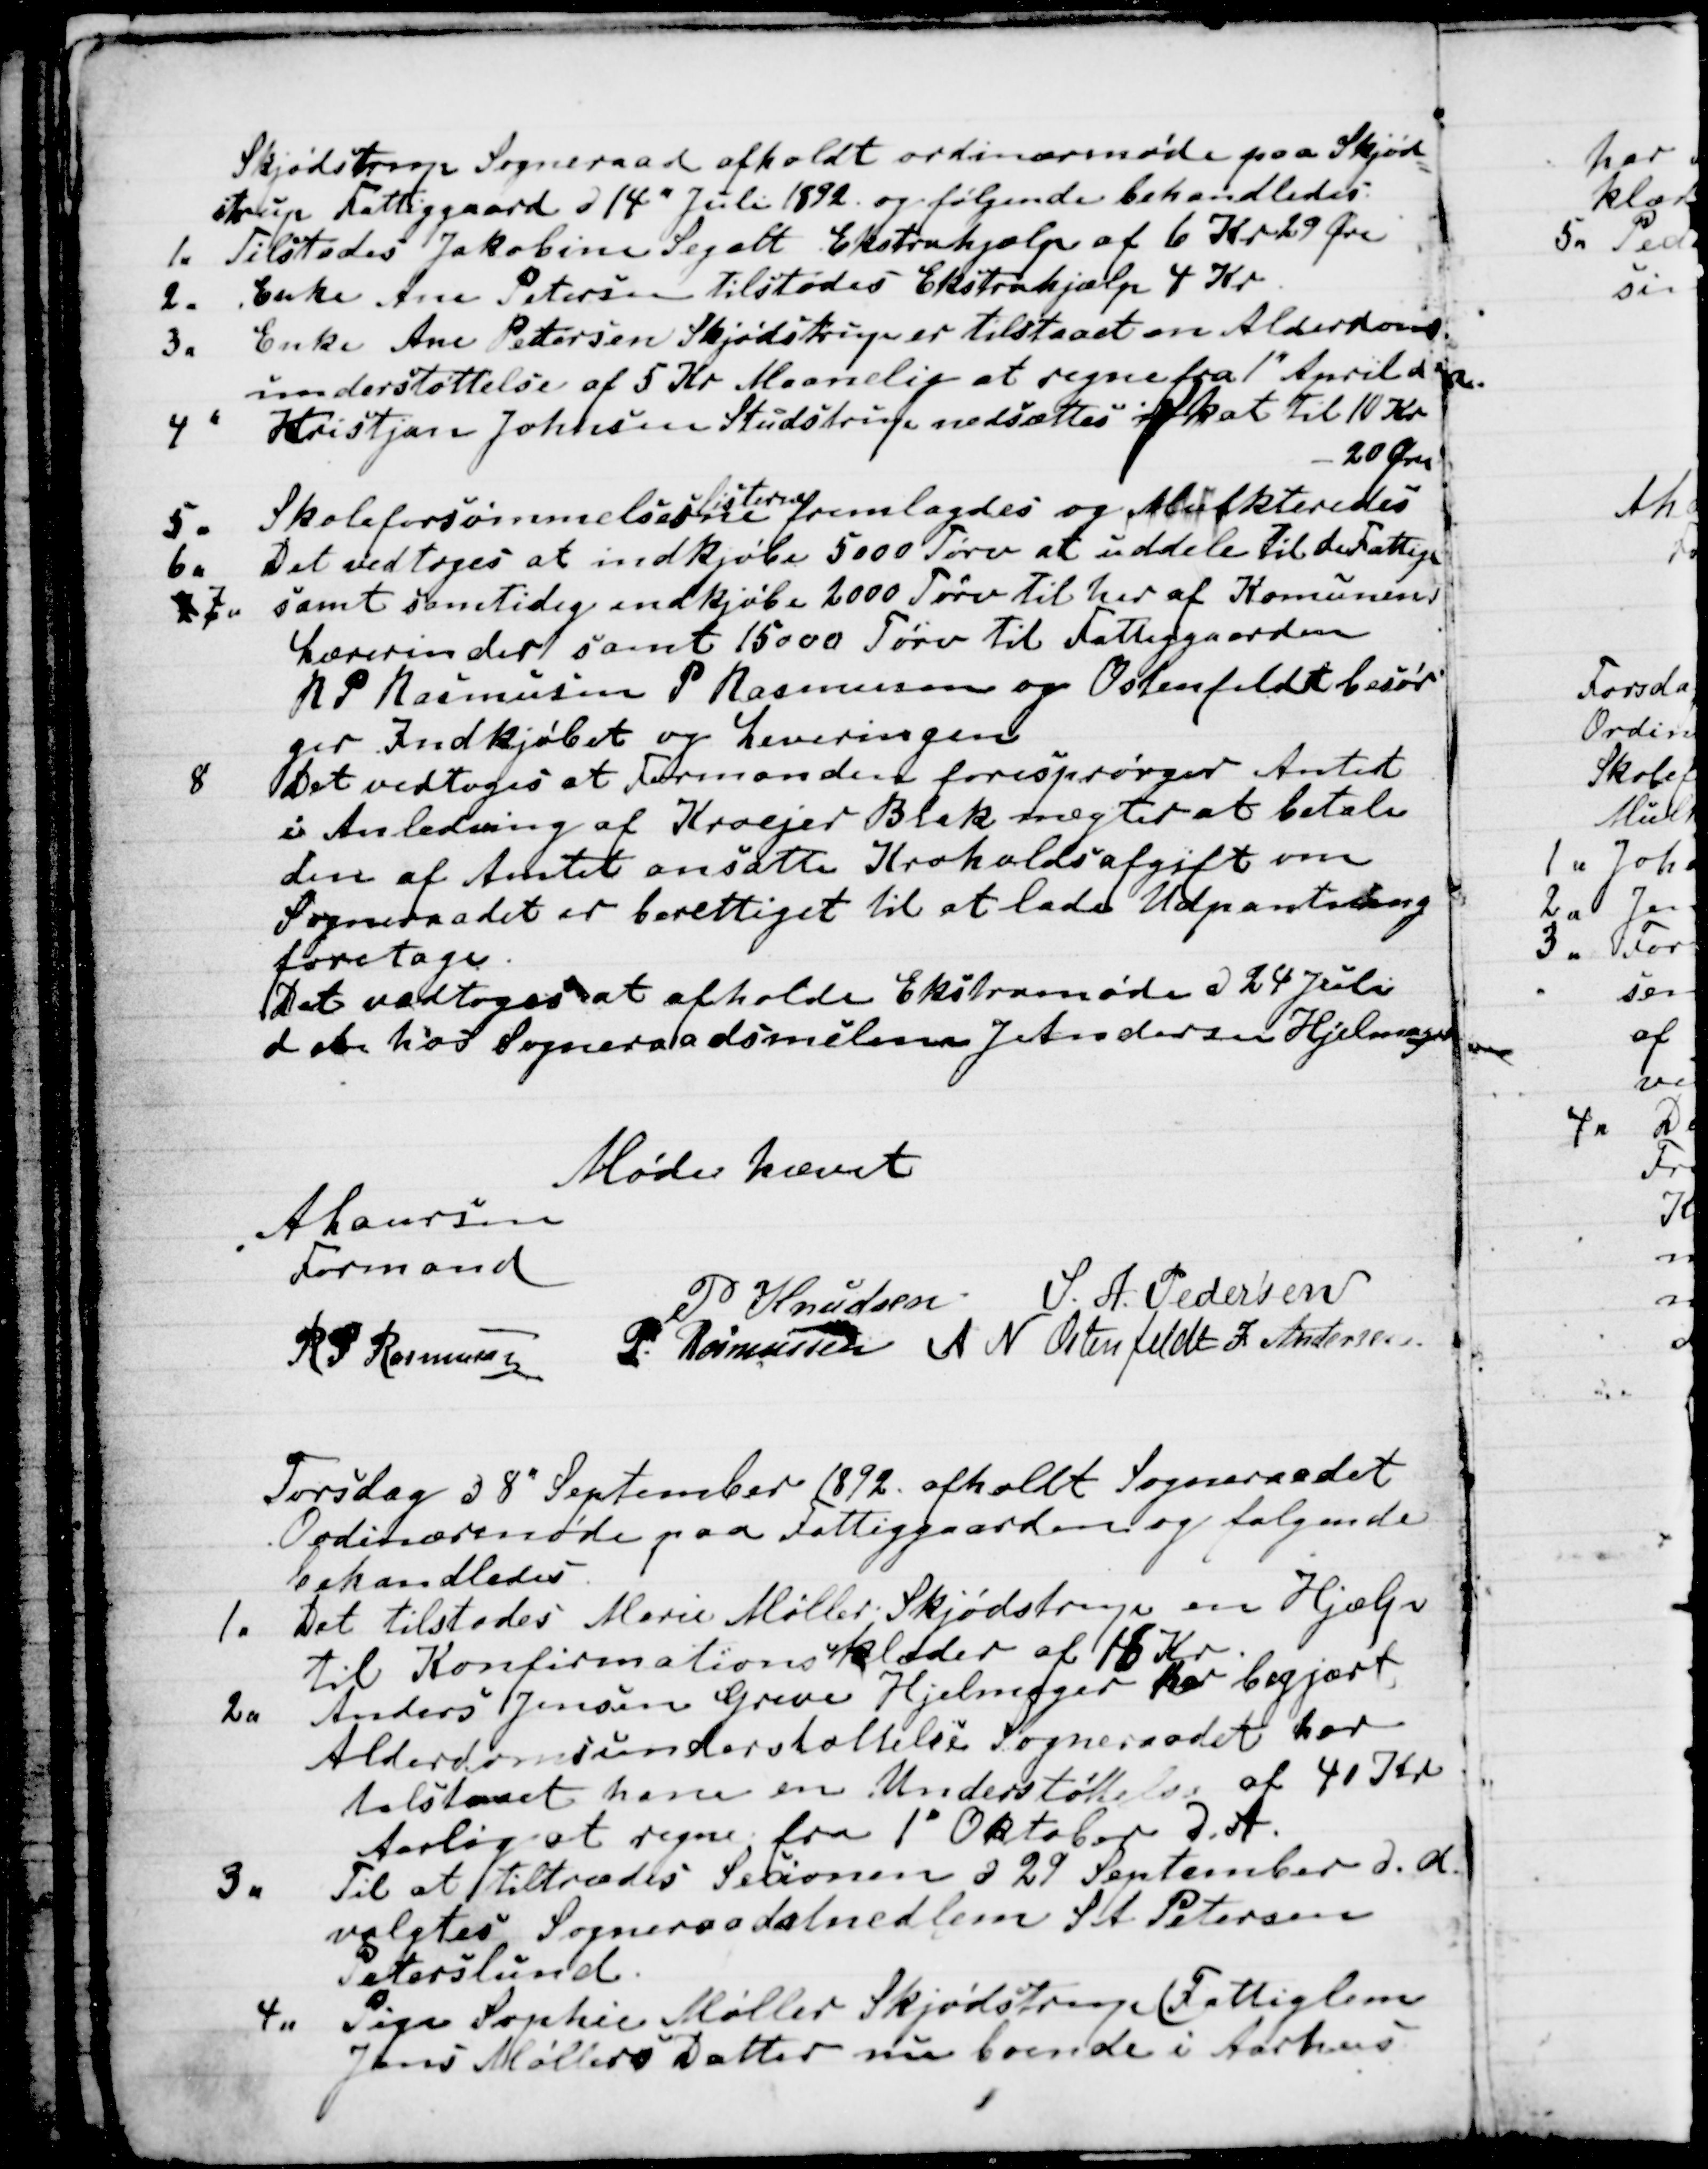
Transskription:
Skjødstrup Sogneraad afholdt ordinærmøde paa Skjød-
strup Fattiggaard d 14" Juli 1892 og følgende behandledes.
1. Tilstodes Jakobine Segalt Ekstrahjælp af 6 Kr 29 Øre
2. Enke Ane Petersen tilstodes Ekstrahjælp 4 Kr
3. Enke Ane Petersen Skjødstrup er tilstaaet en Alderdoms
understøttelse af 5 Kr Maanelig at regne fra 1" April d.A.
4 
Kristjan Johnsen Studstrup nedsættes i Skat til 10 Kr
20 Øre
5
Skoleforsømmelsesne
Listerne
fremlagdes og Multkteredes
6 . Det vedtoges at indkjøbe 5000 Tørv at uddele til de Fattige
7 7. samt samtidig indkjøbe 2000 Tørv til her af Kommunens
Lærerinder samt 15000 Tørv til Fattiggaarden
R P Rasmussen P Rasmussen og Ostenfeldt besør
ger Indkjøbet og Leveringen
8 Det vedtoges at Formanden forespørger Amtet
i Anledning af Kroejer Blak nægter at betale
den af Amtet ansatte Kroholdsafgift om
Sogneraadet er berettiget til at lade Udpantning
foretage.
Det vedtoges at afholde Ekstramøde d 24 Juli
d. A. hos Sogneraadsmedlem J. Andersen Hjelmager
Mødet hævet
A Laursen
Formand
R P Rasmussen
P Knudsen
S. A. Pedersen
P. Rasmussen
A N Ostenfeldt
J Andersen.

Torsdag d 8" September 1892 afholdt Sogneraadet
Ordinærmøde paa Fattiggaarden og følgende
behandledes.
1. Det tilstodes Marie Møller Skjødstrup en Hjælp
til Konfirmationsklæder af 16 Kr.
2.
Anders Jensen Greve Hjelmager har begjært
Alderdomsunderstøttelse Sogneraadet har
tilstaaet ham en Understøttelse af 40 Kr
Aarlig at regne fra 1" Oktober d.A.
3.
Til at tiltrædes Secionen d 29 September d.A.
valgtes Sogneraadsmedlem S A Petersen
Peterslund.
4. Pigen Sophie Møller Skjødstrup (Fattiglem
Jens Møllers Datter nu boende i Aarhus